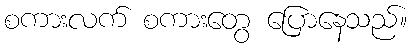
စကားလက် စကားတွေ ပြောနေသည်။